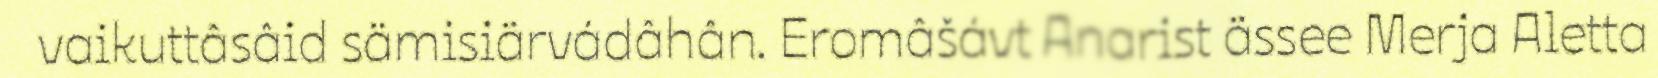
vaikuttâsâid sämisiärvádâhân. Eromâšávt Anarist ässee Merja Aletta